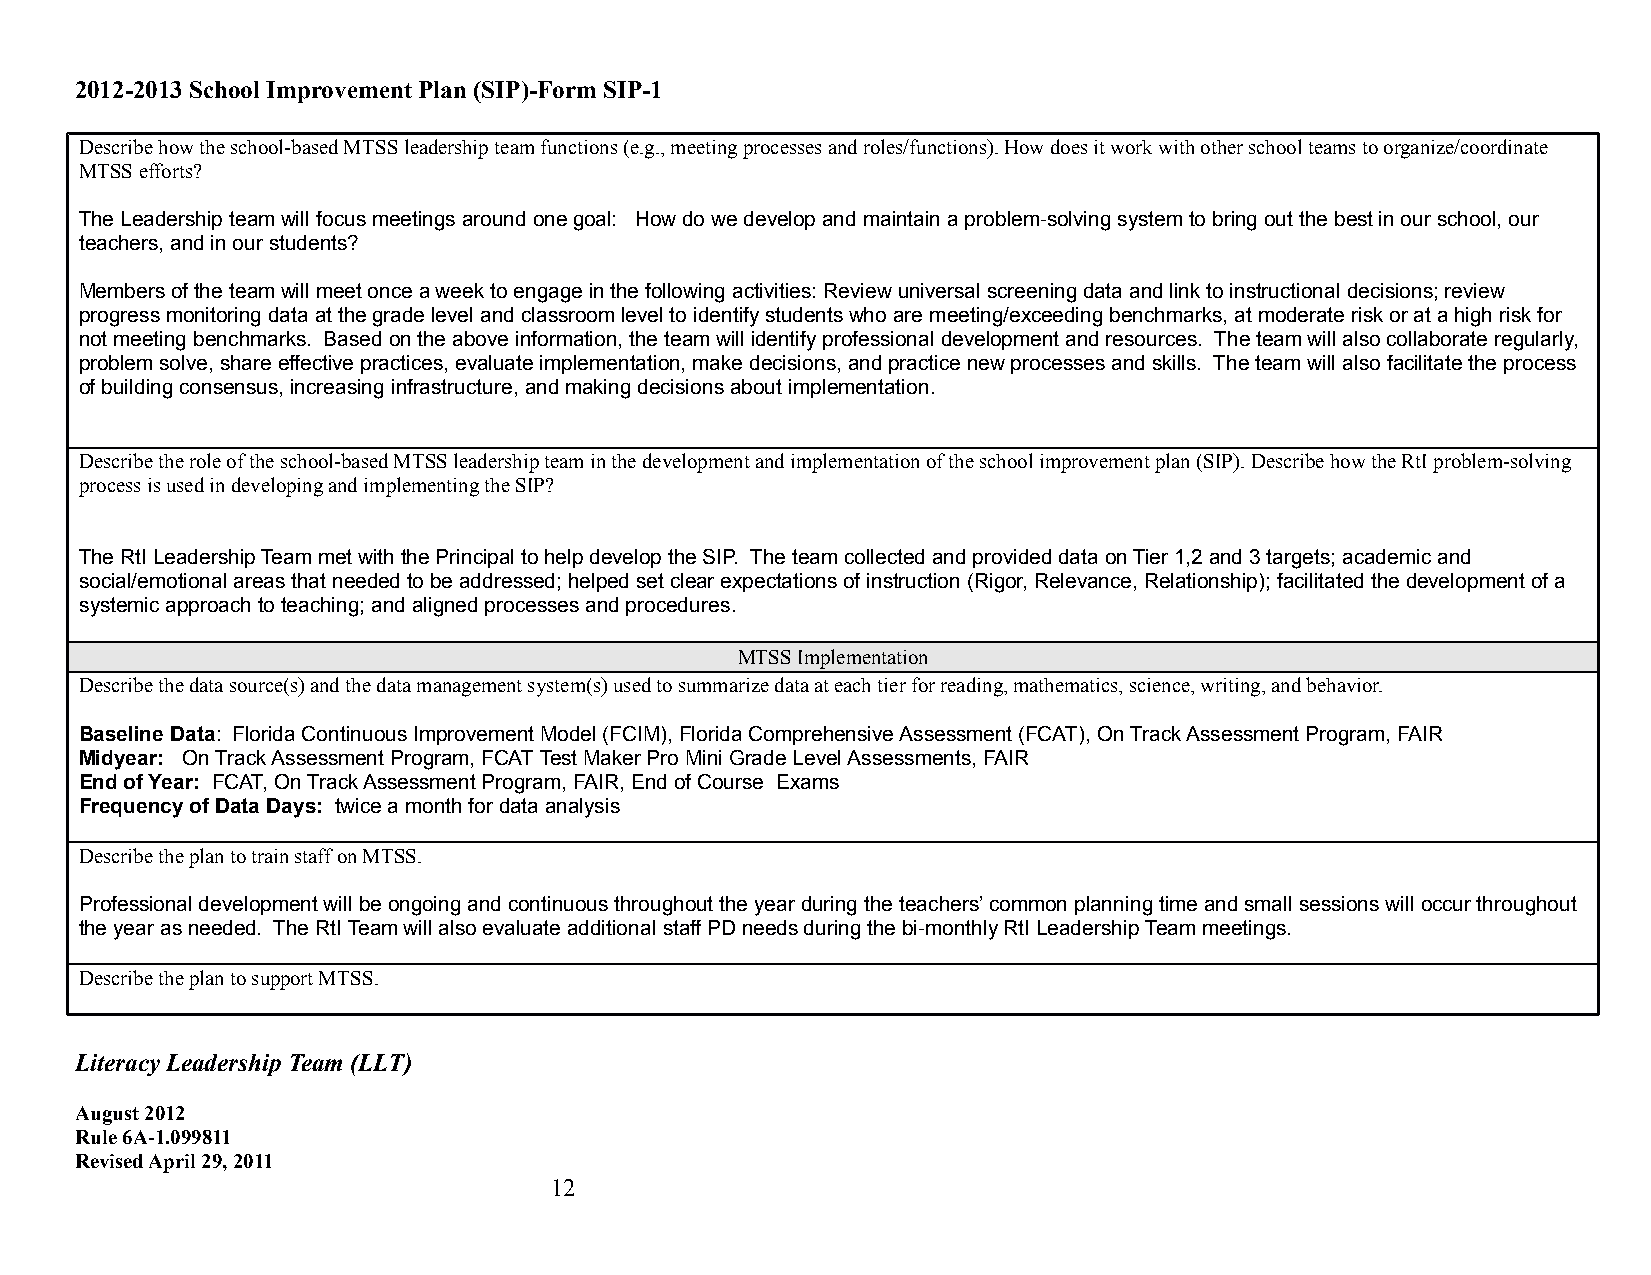
2012-2013 School Improvement Plan (SIP)-Form SIP-1
 Describe how the school-based MTSS leadership team functions (e.g., meeting processes and roles/functions). How does it work with other school teams to organize/coordinate
 MTSS efforts?
 The Leadership team will focus meetings around one goal: How do we develop and maintain a problem-solving system to bring out the best in our school, our
 teachers, and in our students?
 Members of the team will meet once a week to engage in the following activities: Review universal screening data and link to instructional decisions; review
 progress monitoring data at the grade level and classroom level to identify students who are meeting/exceeding benchmarks, at moderate risk or at a high risk for
 not meeting benchmarks. Based on the above information, the team will identify professional development and resources. The team will also collaborate regularly,
 problem solve, share effective practices, evaluate implementation, make decisions, and practice new processes and skills. The team will also facilitate the process
 of building consensus, increasing infrastructure, and making decisions about implementation.
 Describe the role of the school-based MTSS leadership team in the development and implementation of the school improvement plan (SIP). Describe how the RtI problem-solving
 process is used in developing and implementing the SIP?
 The RtI Leadership Team met with the Principal to help develop the SIP. The team collected and provided data on Tier 1,2 and 3 targets; academic and
 social/emotional areas that needed to be addressed; helped set clear expectations of instruction (Rigor, Relevance, Relationship); facilitated the development of a
 systemic approach to teaching; and aligned processes and procedures.
 MTSS Implementation
 Describe the data source(s) and the data management system(s) used to summarize data at each tier for reading, mathematics, science, writing, and behavior.
 Baseline Data: Florida Continuous Improvement Model (FCIM), Florida Comprehensive Assessment (FCAT), On Track Assessment Program, FAIR
 Midyear: On Track Assessment Program, FCAT Test Maker Pro Mini Grade Level Assessments, FAIR
 End of Year: FCAT, On Track Assessment Program, FAIR, End of Course Exams
 Frequency of Data Days: twice a month for data analysis
 Describe the plan to train staff on MTSS.
 Professional development will be ongoing and continuous throughout the year during the teachers’ common planning time and small sessions will occur throughout
 the year as needed. The RtI Team will also evaluate additional staff PD needs during the bi-monthly RtI Leadership Team meetings.
 Describe the plan to support MTSS.
 Literacy Leadership Team (LLT)
 August 2012
 Rule 6A-1.099811
 Revised April 29, 2011
 12